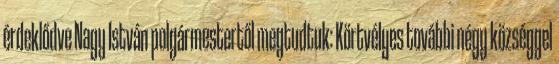
érdeklődve Nagy István polgármestertől megtudtuk: Körtvélyes további négy községgel